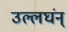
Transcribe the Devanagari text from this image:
उल्लघंन्